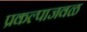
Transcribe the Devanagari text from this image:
प्रकल्पाजवळ